Bréfritari: Jóhannes Guðmundsson
Viðtakandi: Jón Borgfirðings Jónsson
Dagsetning: A-1868-02-06
Skrifað á: Gunnsteinsstöðum  A-Hún.

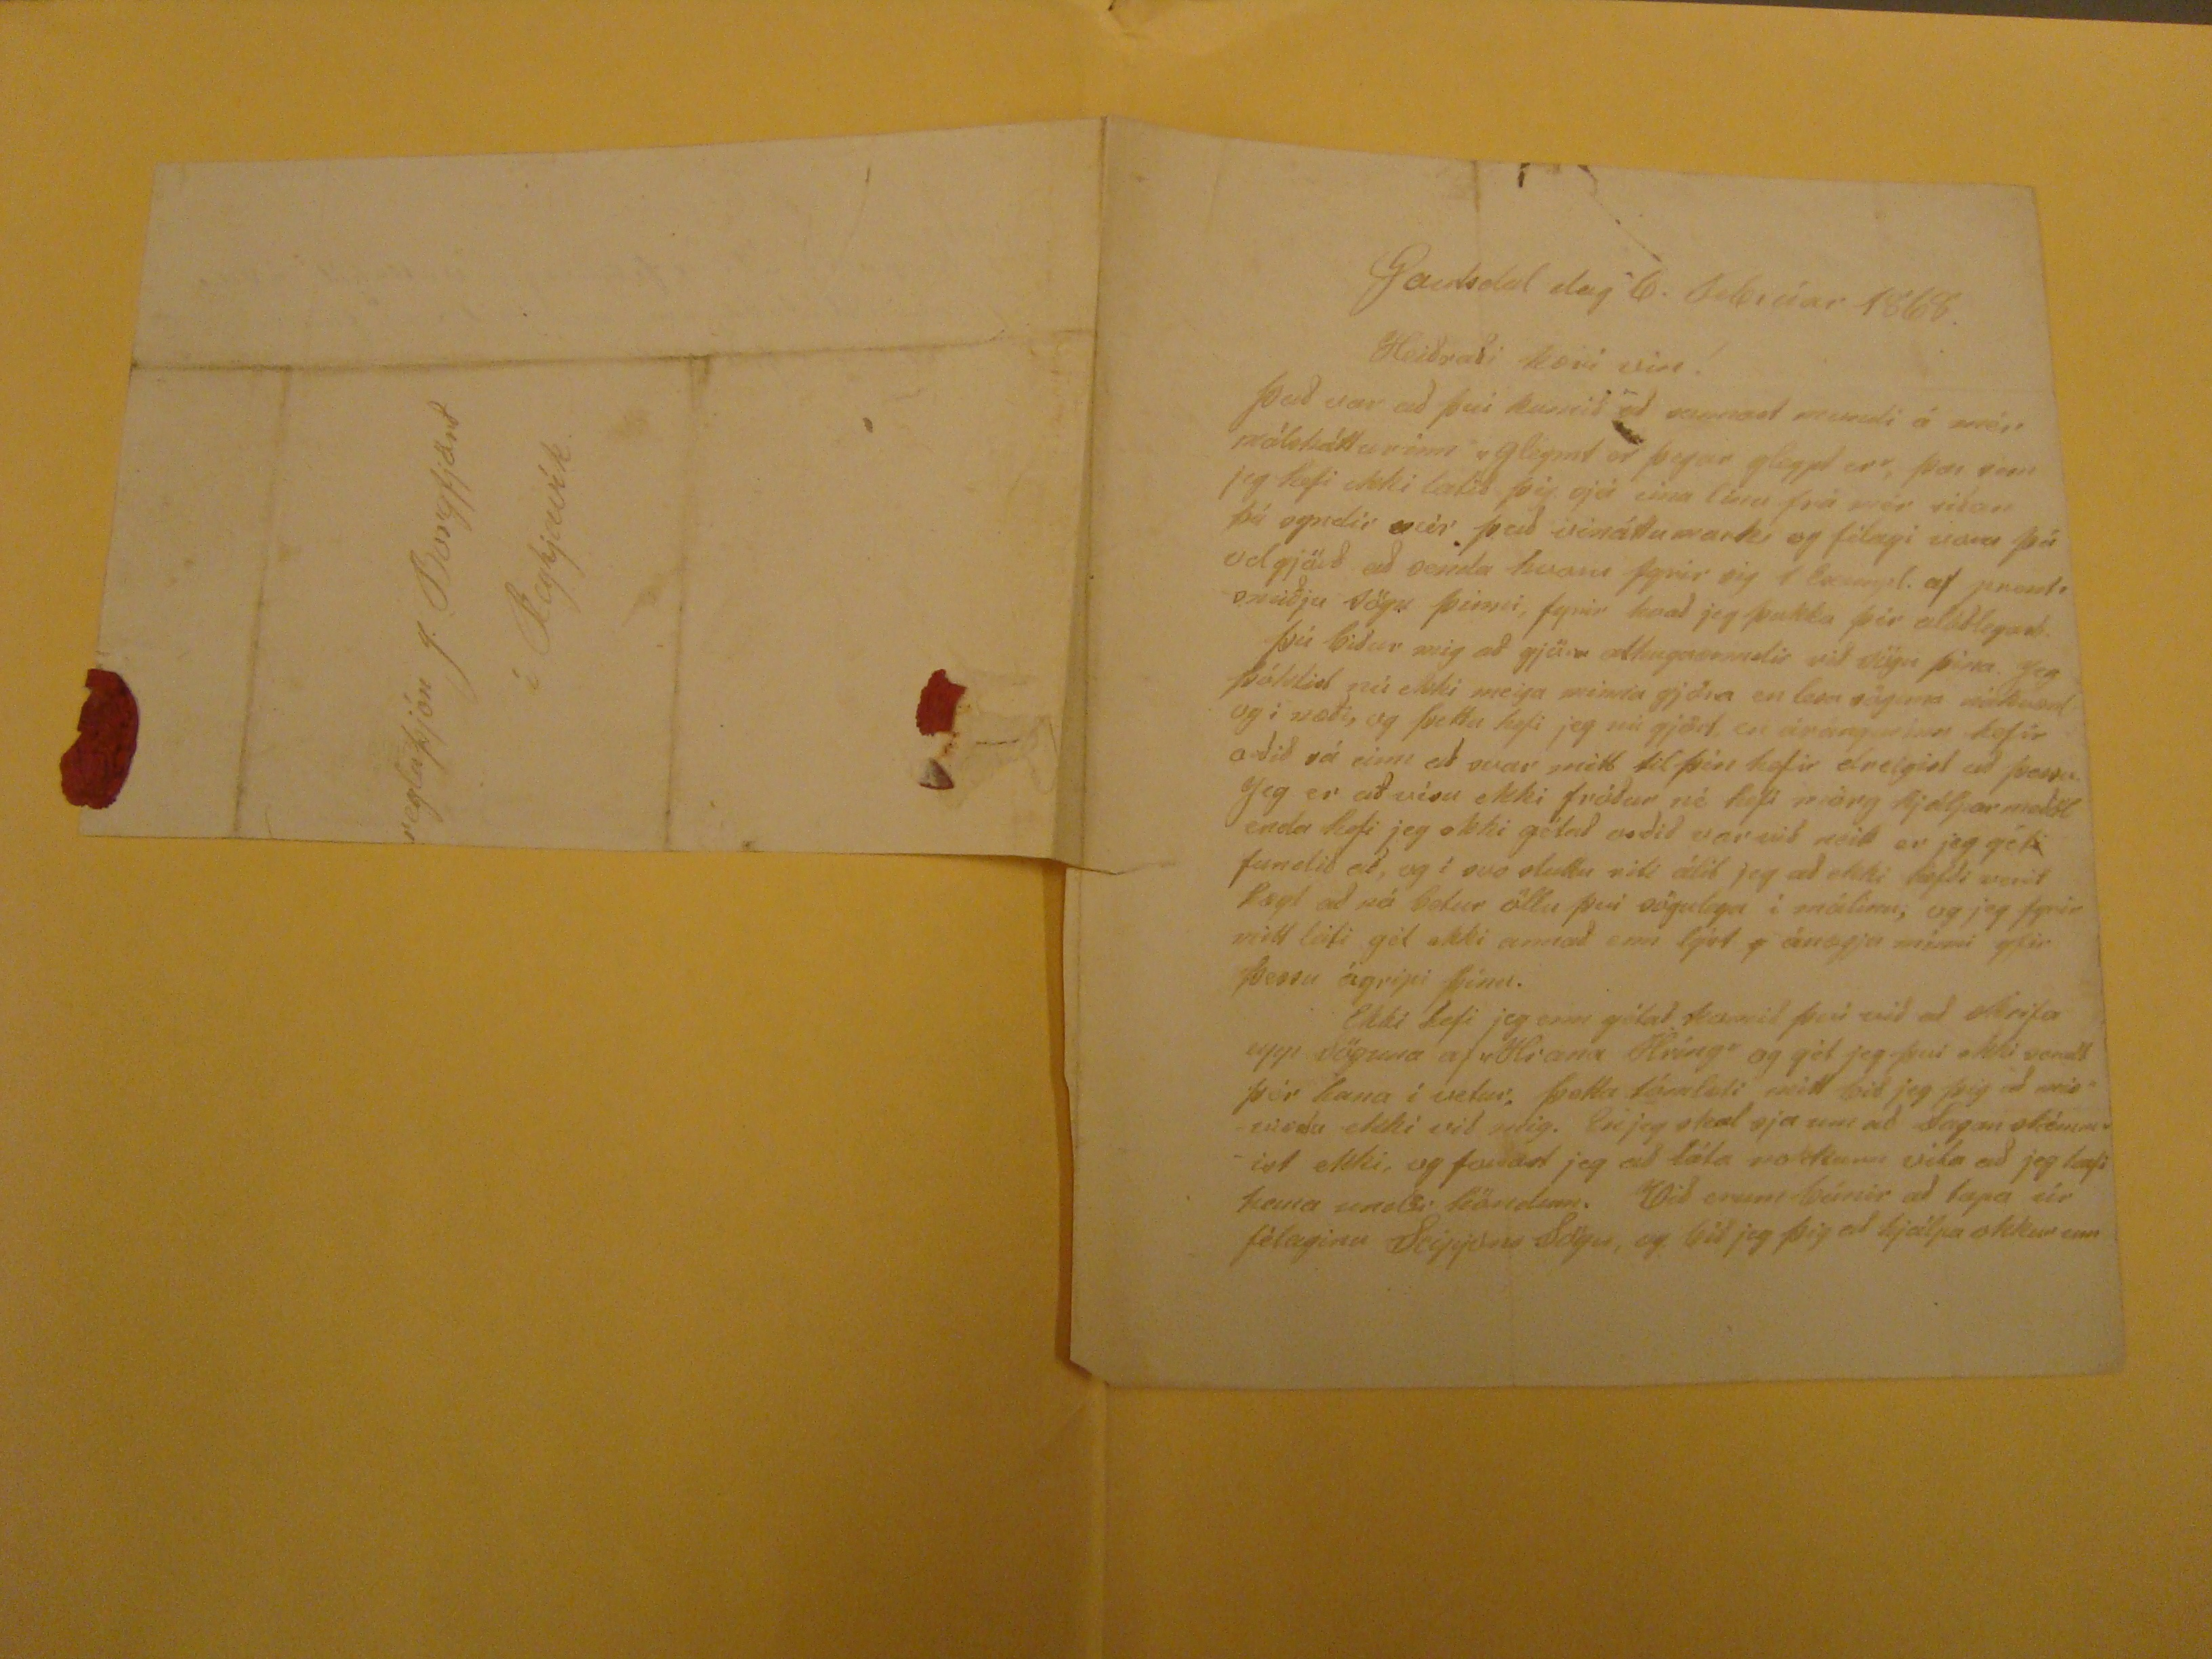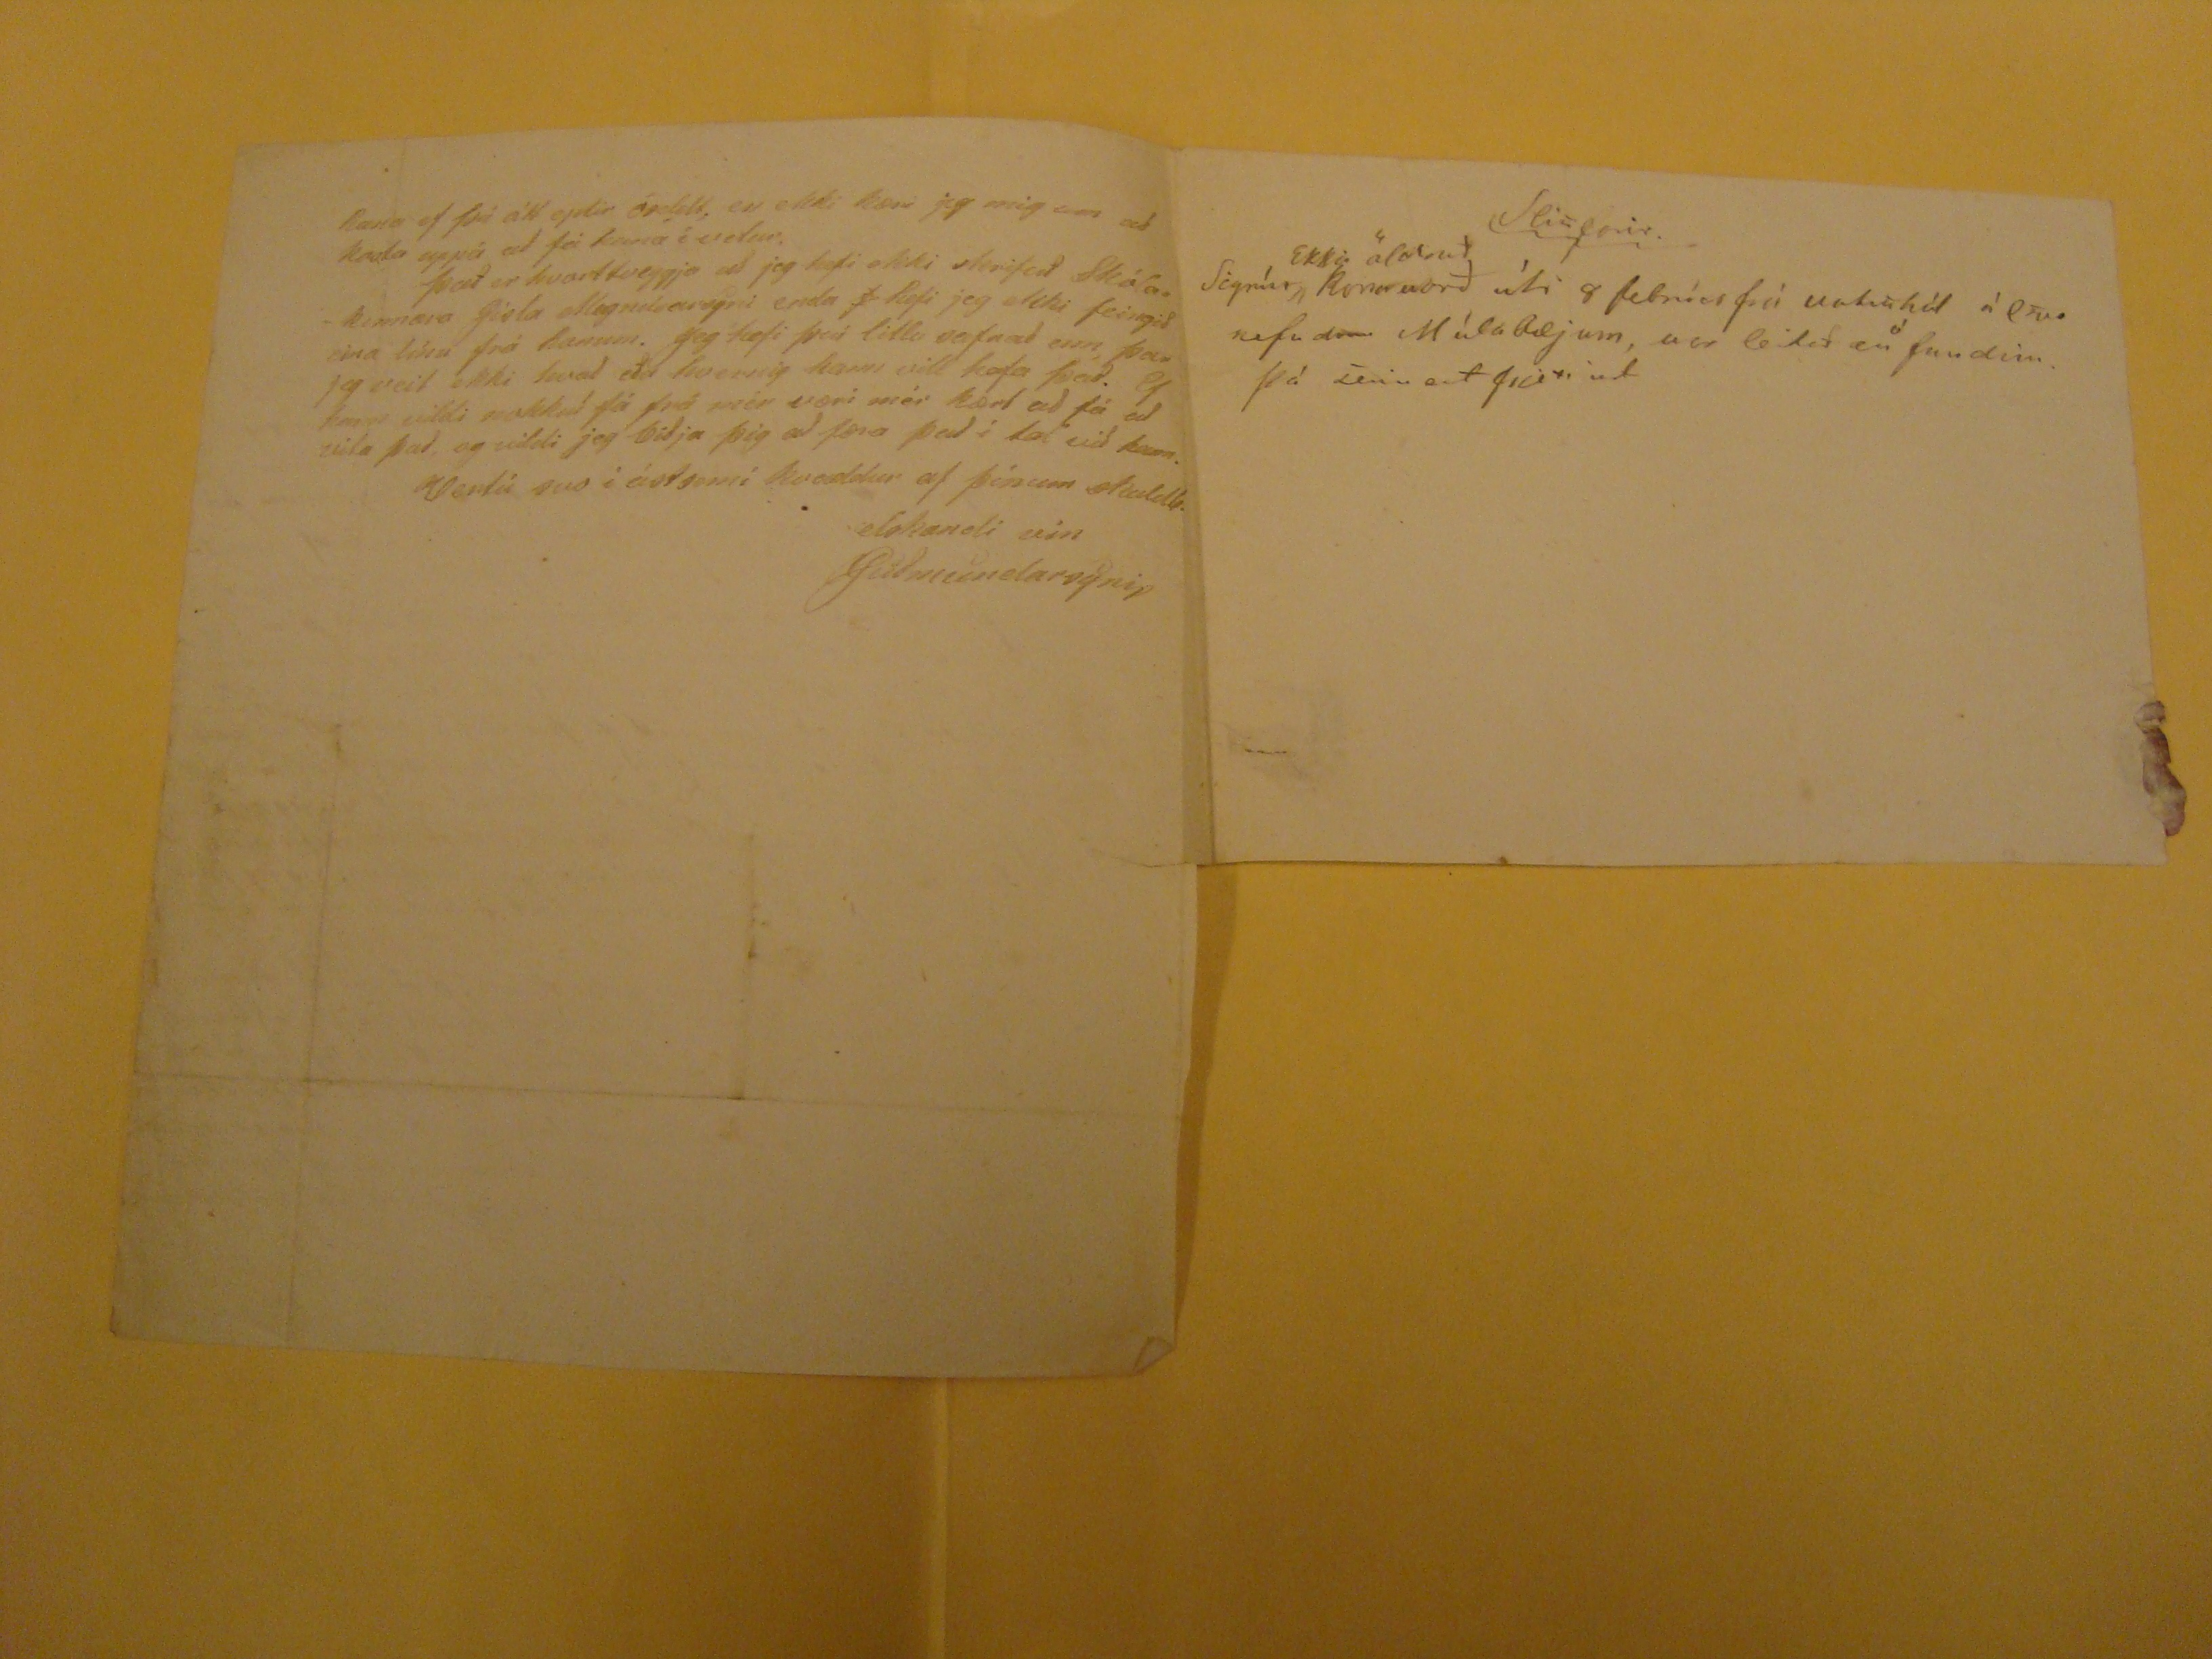

Gautsdal
dag 6. Febrúar 1868.
Heiðraði kæri vin!
Það var að því komið að sannast mundi á mér málshátturinn "gleymt er þegar gleypt er", þær sem jeg hefi ekki lætið þig sjá eina línu frá mér siðan þú syndir
úr
það vináttumark og félagi voru þá velgjörð að senda horu fyrir sig 1 Exempl. af prentsmiðju sögu þinni, fyrir hvað jeg þakka þér alúðlegast. Þú biður mig að gjöra athugasemdir við sögu þina. Jeg þóktist nú ekki meiga minna gjöra en lesa söguna
???
og í næði, og þetta hefi jeg nú gjört, en árágnurlaus hefir orðið sá einn að svar mitt til þín hefir dreigist að þessu. Jeg er að vísu ekki gétað orðið var við neitt er jeg gét
i
fundið að, og í svo stuttu riti álít jeg að ekki hefði verið hægt að ná betur öllu því söguleag í málinu; og jeg fyrir mitt leiti gét ekki annað enn lýst
g
ánægju minni yfir þessu ágripi þínu. Ekki hefi jeg enn gétað komið því við að skrifa upp söguna af "Hrana Hríng" og gét jeg því ekki sendt þér hana í vetur. Þetta tómlæti mitt bið jeg þig að
misvirða
ekki við mig. En jeg skal sja um að Sagan skémmist ekki, og
fa??ast
jeg að láta nokkurn vita að jeg hafi hana undir höndinni. Við erum búnir að tapa úr félaginu
Se??? Sögu
, og bið jeg þig að hjálpa okkur um
hana ef þú átt eptir
óseldt
, en ekki kæri jeg mig um að kosta uppá að fá hana í vetur. Það er hvorttveggja að jeg hefi ekki skrifað Skólakennara Gísla Magnúsarsyni enda
f
hefi jeg ekki feingið eina línu frá honum. Jeg hefi það litlu safnað enn, þar jeg veit ekki hvað eða hvernig hann vill hafa það. Ef hann vildi nokkuð fá frá mér kært að fá að vita það, og vildi jeg biðja þig að færa að í tal við hann. Vertu svo í ássemi kvaddur af þínum skuldb. elskandi vin
JGuðmundarsyni,
[getur verið önnur rithönd]
Slisfarir.
[getur verið önnur rithönd] Sigrún
Ekki öldruð
kona varð úti 8 febrúar frá vatnshól á
?? nefndm
Múlabæjum, var leitað en
ó
fundin þá
????
...regluþjón J. Borgjörð
í Reykjavík